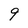
Character: 9